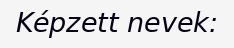
Képzett nevek: